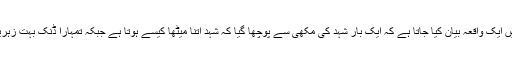
اس ضمن میں ایک واقعہ بیان کیا جاتا ہے کہ ایک بار شہد کی مکھی سے پوچھا گیا کہ شہد اتنا میٹھا کیسے ہوتا ہے جبکہ تمہارا ڈنک بہت زہریلا ہوتا ہے؟